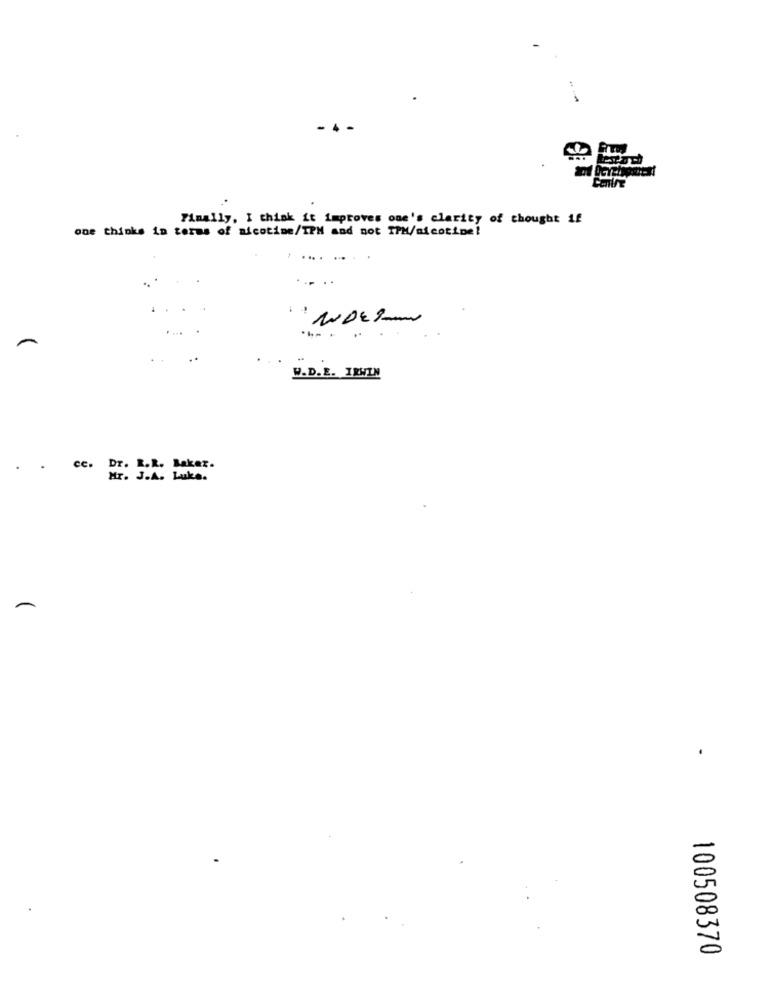
Finally, I think it improves one's clarity of thought if
one thinks in terms of nicotine/IPH and not TPM/nicotine!
....
W.D.E. IRWIN
.
.
cc.
Dr. R.R. Bakez.
Mr. J.A. Luke.
-
100508370